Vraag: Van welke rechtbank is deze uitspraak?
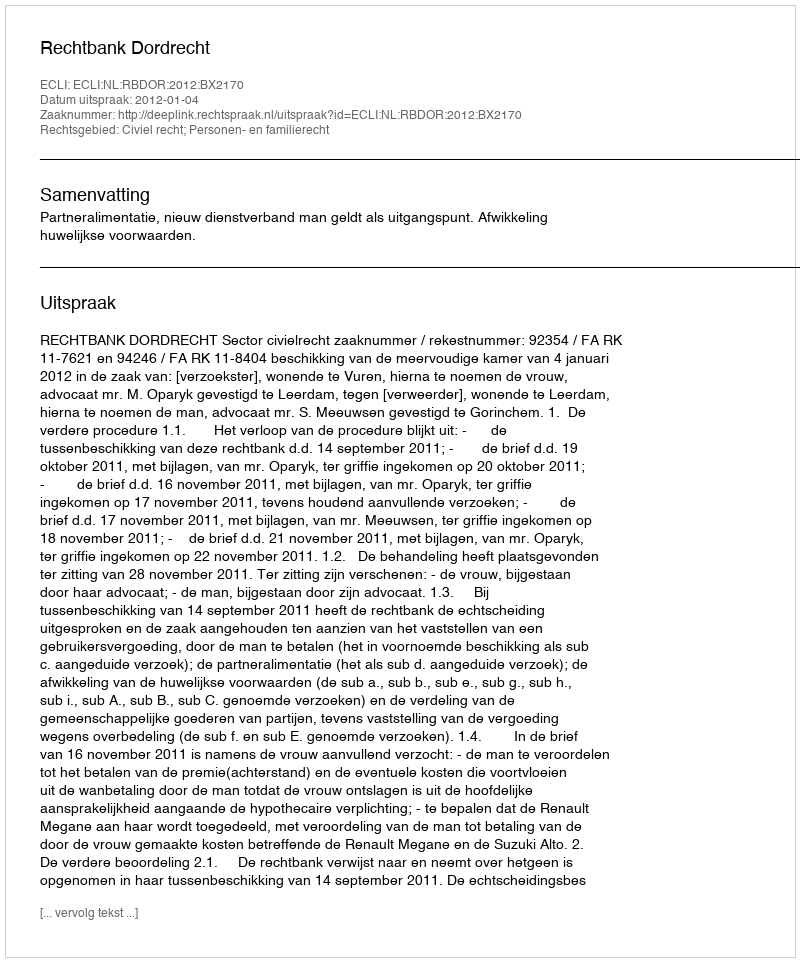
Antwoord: Rechtbank Dordrecht